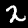
Digit: 2